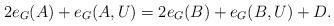
LaTeX: \begin{align*}2e_G(A) + e_G(A,U) = 2e_G(B) + e_G(B,U) + D.\end{align*}